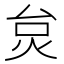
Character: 炱